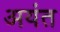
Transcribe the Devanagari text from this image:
अयंत